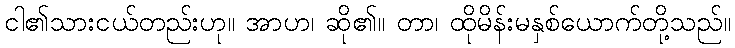
ငါ၏သားငယ်တည်းဟု။ အာဟ၊ ဆို၏။ တာ၊ ထိုမိန်းမနှစ်ယောက်တို့သည်။